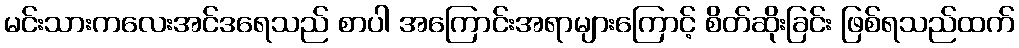
မင်းသားကလေးအင်ဒရေသည် စာပါ အကြောင်းအရာများကြောင့် စိတ်ဆိုးခြင်း ဖြစ်ရသည်ထက်